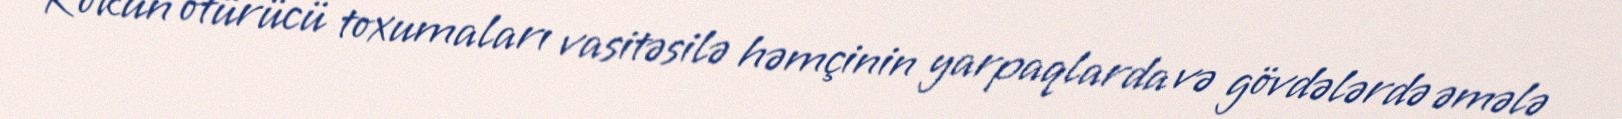
Kökün ötürücü toxumaları vasitəsilə həmçinin yarpaqlarda və gövdələrdə əmələ